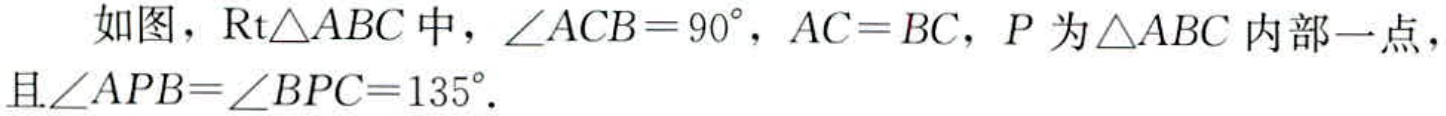
如图，$\text{Rt}\triangle ABC$中，$\angle ACB = 90^{\circ}$，$AC = BC$，$P$为$\triangle ABC$内部一点，且$\angle APB=\angle BPC = 135^{\circ}$.